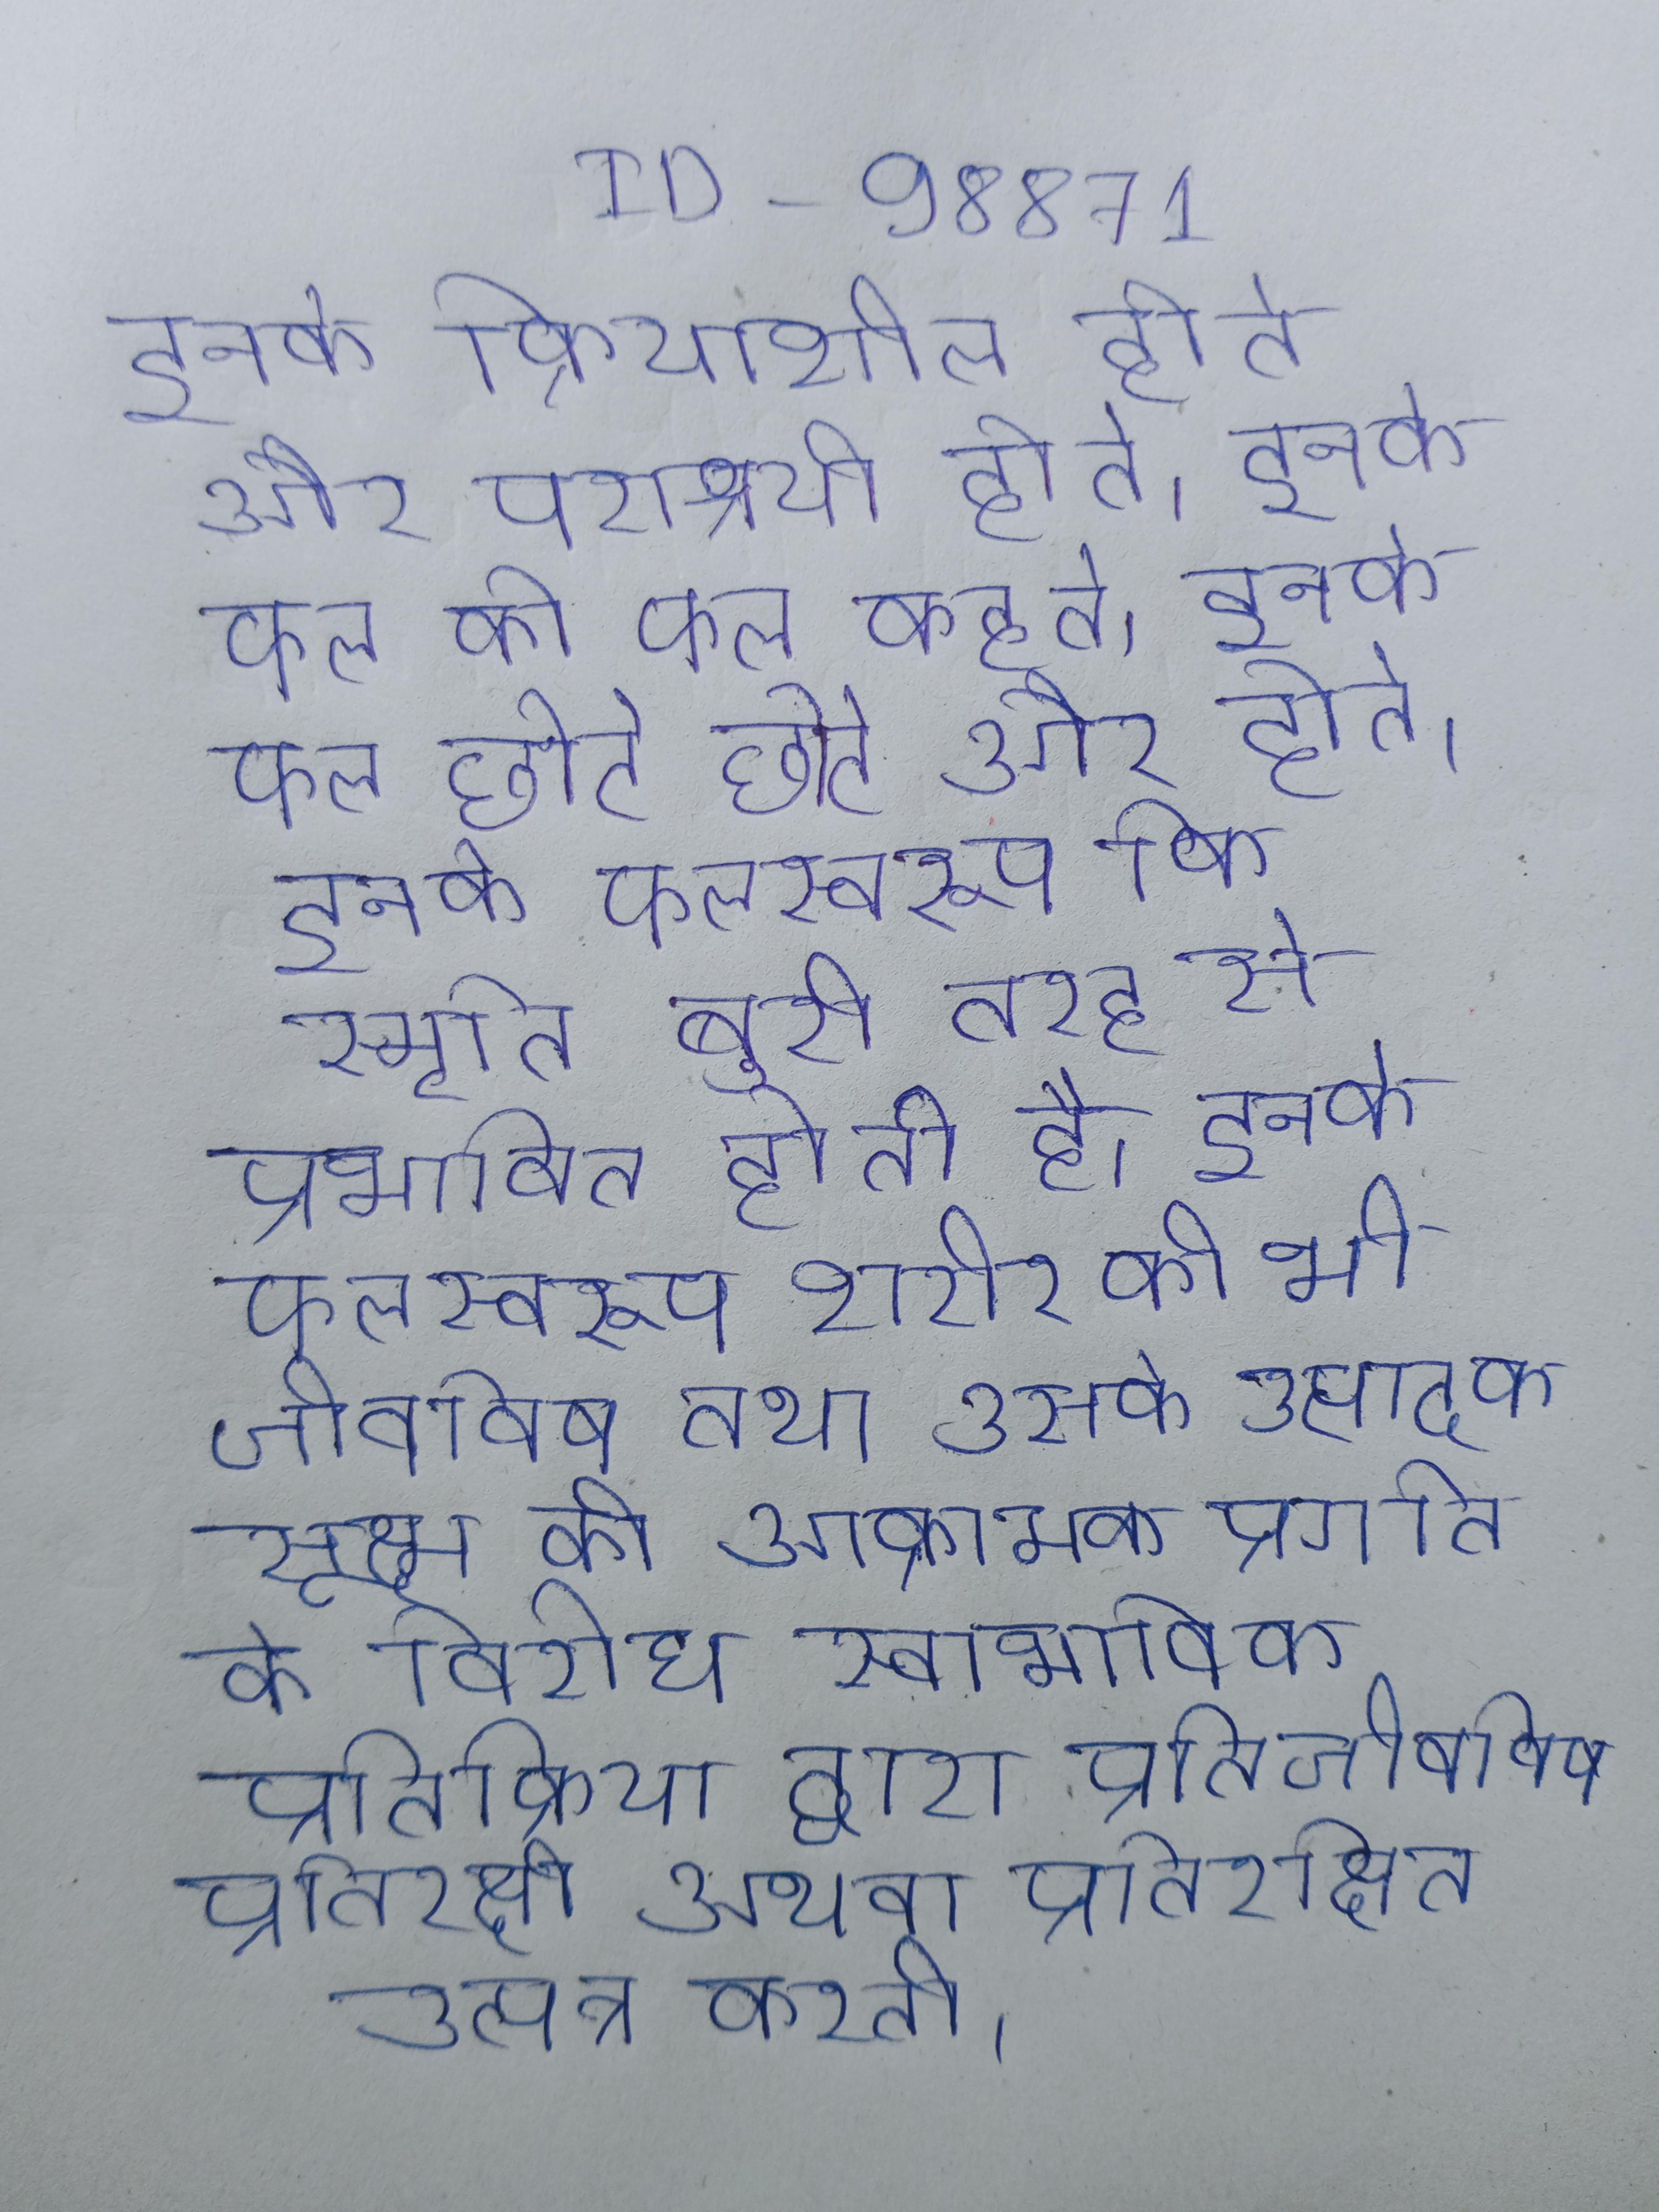
इनके क्रियाशील होते और पराश्रयी होते । इनके फल को फल कहते । इनके फल छोटे छोटे और होते । इनके फलस्वरूप कि स्मृति बुरी तरह से प्रभावित होती है । इनके फलस्वरूप शरीर की भी जीवविष तथा उसके उत्पादक सूक्ष्म की आक्रामक प्रगति के विरोध स्वाभाविक प्रतिक्रिया द्वारा प्रतिजीवविष प्रतिरक्षी अथवा प्रतिरक्षित उत्पन्न करती ।